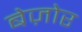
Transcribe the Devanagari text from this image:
बेज़ोर